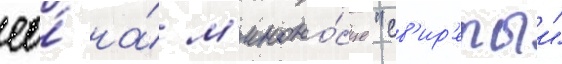
ео́ на́ м'иноно́сце "св'ир'епыи"